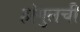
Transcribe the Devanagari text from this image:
हांगुलची